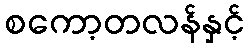
စကော့တလန်နှင့်